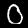
Label: 0